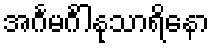
အင်္ဂမင်္ဂါနုသာရိနော